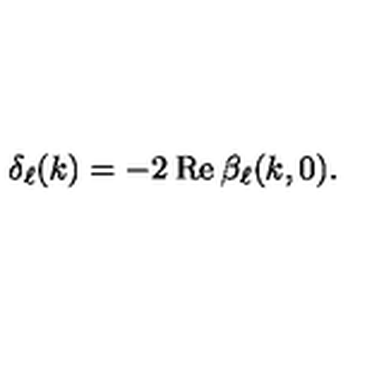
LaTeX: \delta _ { \ell } ( k ) = - 2 \: \mathrm { R e } \: \beta _ { \ell } ( k , 0 ) .